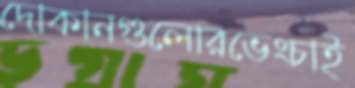
দোকানগুলোরভেংচাই